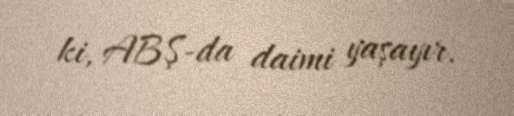
ki, ABŞ-da daimi yaşayır.